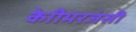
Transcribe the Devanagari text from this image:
केाीमरजंसी